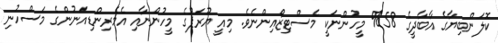
ކޮލަންބިޔާގެ އާބާދީގެ 58% މީހުންނަކީ މެސްޓިޒޯއިންނެވެ. މިއީ ޔޫރަޕުގެ މީހުންނާއި އެމެރިންޑިއަނުންގެ މަސްހުނި